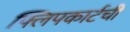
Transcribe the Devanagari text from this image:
फ्लिपकार्टची